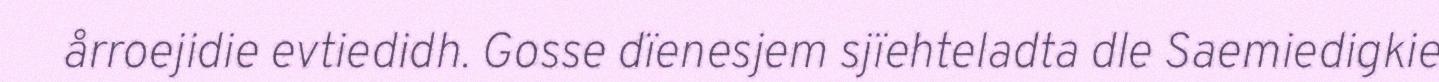
årroejidie evtiedidh. Gosse dïenesjem sjïehteladta dle Saemiedigkie